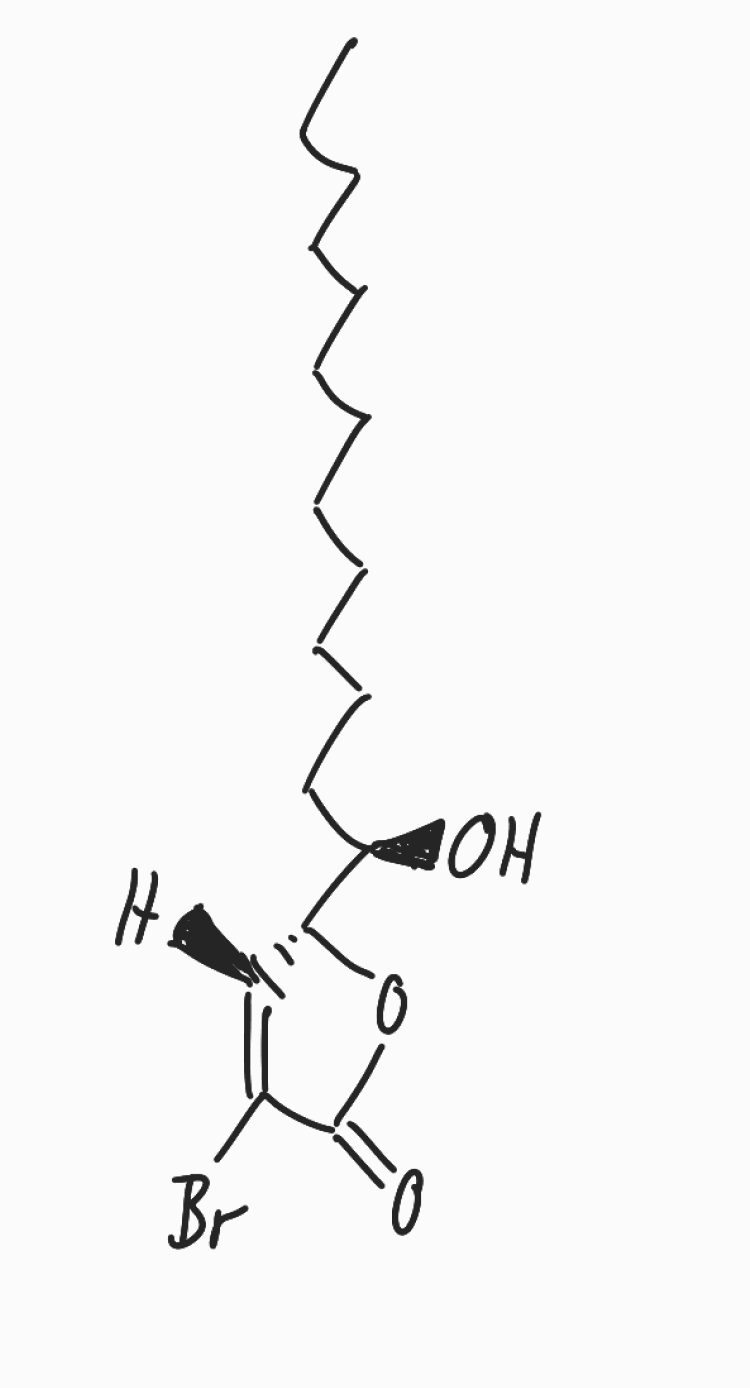
Simplified molecular-input line-entry system (SMILES) notation of the given molecule:
CCCCCCCCCCCC[C@H]([C@H]1C=C(C(=O)O1)Br)O